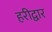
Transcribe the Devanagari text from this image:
हरीद्वार